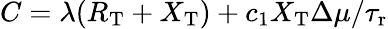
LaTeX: C=\lambda(R_{\mathrm{T}}+X_{\mathrm{T}})+c_{1}X_{\mathrm{T}}\Delta\mu/{\tau_{\mathrm{r}}}